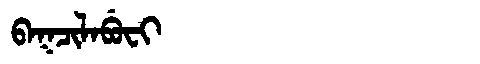
Manchu: ᠪᠠᡴᠴᡳᠯᠠᠪᡠᠸᡳ
Romanization: BAKCILABUFI